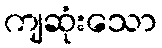
ကျဆုံးသော